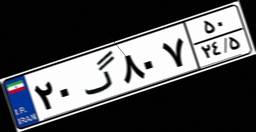
۲۰گ۸۰۷۵۰